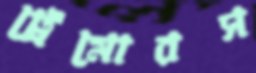
ট্রেমোরস